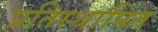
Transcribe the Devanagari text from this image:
प्रतिस्थापित